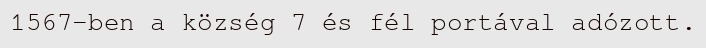
1567-ben a község 7 és fél portával adózott.